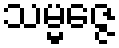
သမ္မဇ္ဇေ